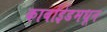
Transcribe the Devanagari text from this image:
कार्बाईडमधून